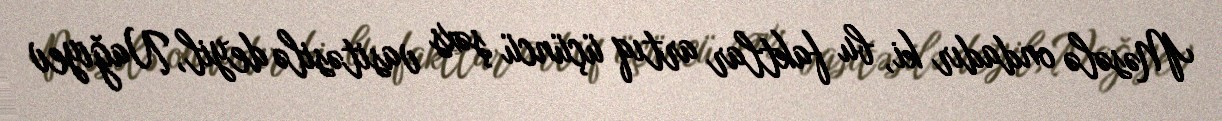
Məsələ ondadır ki, bu faktlar artıq üçüncü şəxs vasitəsilə deyil, Nağıyev